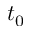
t _ { 0 }